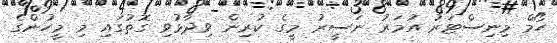
ހޯމް މިނިސްޓަރު އުމަރު ނަސީރު މީގެ ކުރިން ވިދާޅުވި ގޮތުގައި މި މީހުންގެ